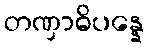
တဏှာဓိပန္နေ